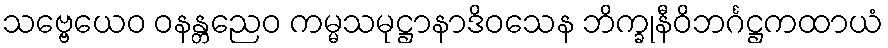
သဗ္ဗေယေဝ ဝနန္တညေဝ ကမ္မသမုဋ္ဌာနာဒိဝသေန ဘိက္ခုနီဝိဘင်္ဂဋ္ဌကထာယံ